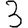
Digit: 3